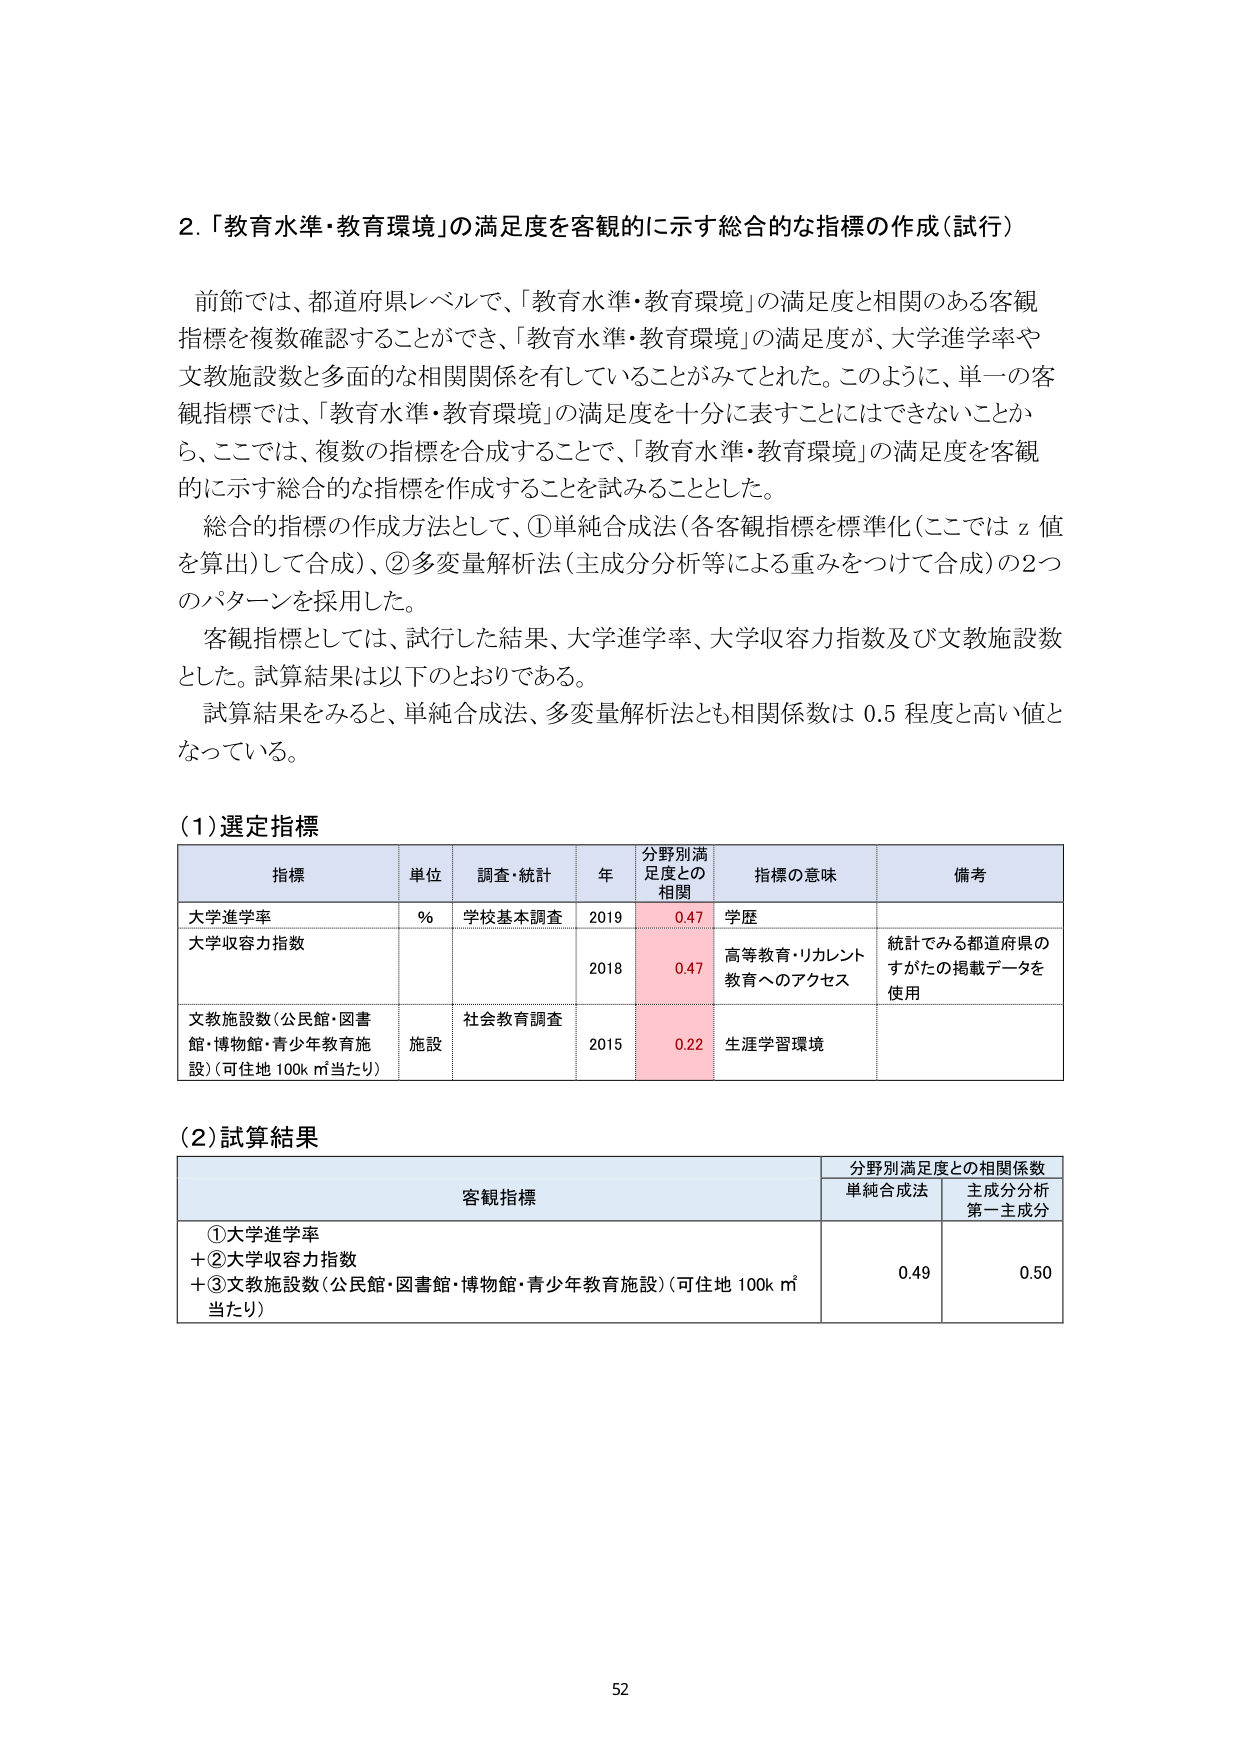
2.「教育水準・教育環境」の満足度を客観的に示す総合的な指標の作成（試行）

前節では、都道府県レベルで、「教育水準・教育環境」の満足度と相関のある客観指標を複数確認することができ、 「教育水準・教育環境」の満足度が、大学進学率や文教施設数と多面的な相関関係を有していることがみてとれた。このように、単一の客観指標では、「教育水準・教育環境」の満足度を十分に表すことはできないことから、ここでは、複数の指標を合成することで、「教育水準・教育環境」の満足度を客観的に示す総合的な指標を作成することを試みることとした。

総合的指標の作成方法として、①単純合成法（各客観指標を標準化（ここでは z 値を算出）して合成）、②多変量解析法（主成分分析等による重みをつけて合成）の2つのパターンを採用した。

客観指標としては、試行した結果、大学進学率、大学収容力指数及び文教施設数とした。試算結果は以下のとおりである。

試算結果をみると、単純合成法、多変量解析法とも相関係数は 0.5 程度と高い値となっている。

（1）選定指標

| 指標 | 単位 | 調査・統計 | 年 | 分野別満足度との相関 | 指標の意味 | 備考 |
|------|------|------------|----|----------------------|------------|------|
| 大学進学率 | % | 学校基本調査 | 2019 | 0.47 | 学歴 | |
| 大学収容力指数 | | | 2018 | 0.47 | 高等教育・リカレント教育へのアクセス | 統計でみる都道府県のすがたの掲載データを使用 |
| 文教施設数（公民館・図書館・博物館・青少年教育施設）（可住地 100k ㎡当たり） | 施設 | 社会教育調査 | 2015 | 0.22 | 生涯学習環境 | |

（2）試算結果

| 客観指標 | 分野別満足度との相関係数 |
|----------|--------------------------|
| | 単純合成法 | 主成分分析第一主成分 |
| ①大学進学率<br>＋②大学収容力指数<br>＋③文教施設数（公民館・図書館・博物館・青少年教育施設）（可住地 100k ㎡当たり） | 0.49 | 0.50 |

52